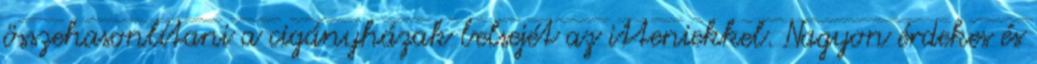
összehasonlítani a cigányházak belsejét az itteniekkel. Nagyon érdekes és